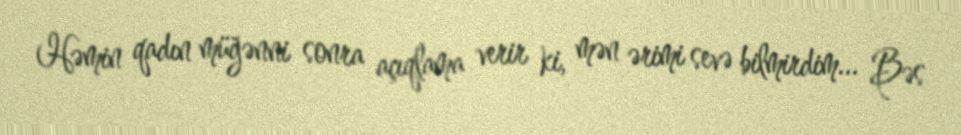
Həmin qadın müğənni sonra açıqlama verir ki, mən ərimi sevə bilmirdim... Bəs